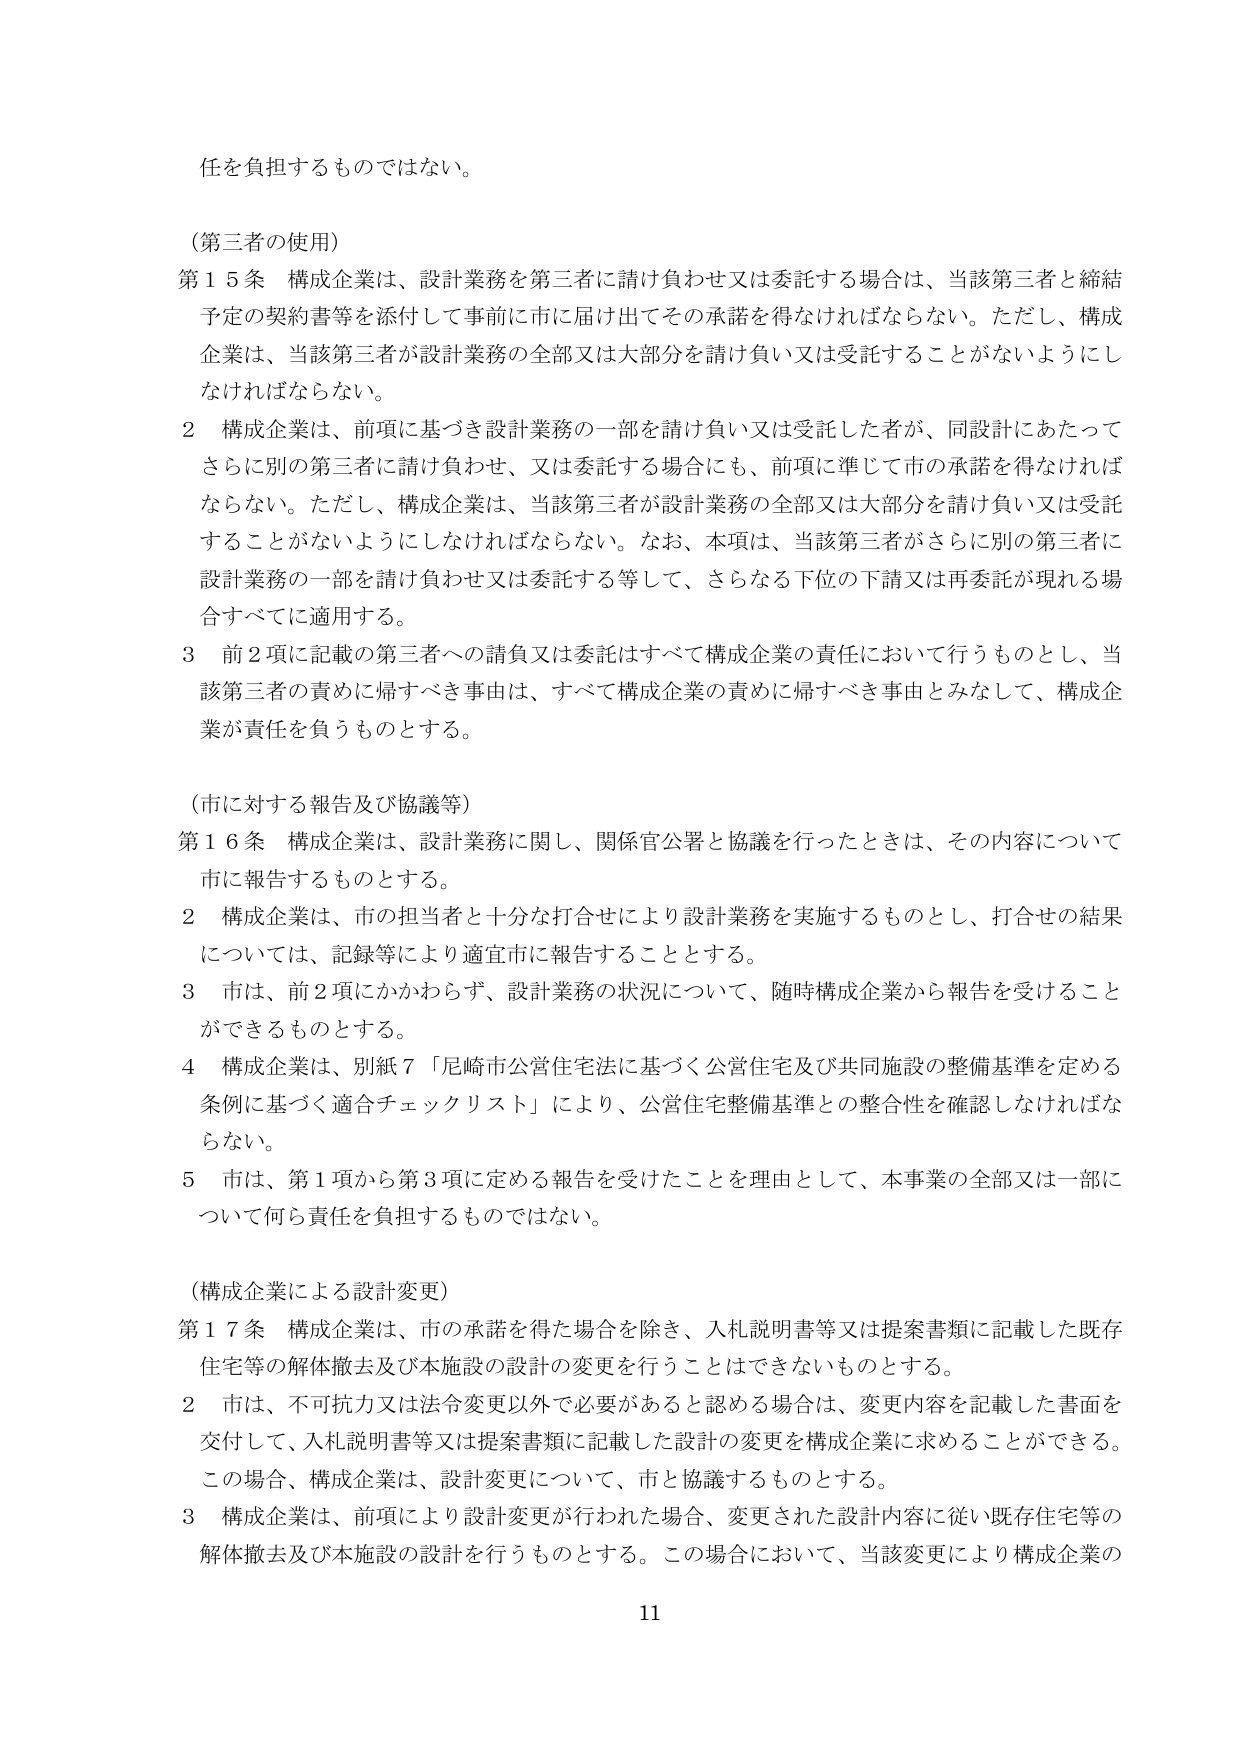
任を負担するものではない。

（第三者の使用）
第15条 構成企業は、設計業務を第三者に請け負わせ又は委託する場合は、当該第三者と締結予定の契約書等を添付して事前に市に届け出てその承諾を得なければならない。ただし、構成企業は、当該第三者が設計業務の全部又は大部分を請け負い又は受託することがないようにしなければならない。
2 構成企業は、前項に基づき設計業務の一部を請け負い又は受託した者が、同設計にあたってさらに別の第三者に請け負わせ、又は委託する場合にも、前項に準じて市の承諾を得なければならない。ただし、構成企業は、当該第三者が設計業務の全部又は大部分を請け負い又は受託することがないようにしなければならない。なお、本項は、当該第三者がさらに別の第三者に設計業務の一部を請け負わせ又は委託する等して、さらなる下位の下請又は再委託が現れる場合すべてに適用する。
3 前2項に記載の第三者への請負又は委託はすべて構成企業の責任において行うものとし、当該第三者の責めに帰すべき事由は、すべて構成企業の責めに帰すべき事由とみなして、構成企業が責任を負うものとする。

（市に対する報告及び協議等）
第16条 構成企業は、設計業務に関し、関係官公署と協議を行ったときは、その内容について市に報告するものとする。
2 構成企業は、市の担当者と十分な打合せにより設計業務を実施するものとし、打合せの結果については、記録等により適宜市に報告することとする。
3 市は、前2項にかかわらず、設計業務の状況について、随時構成企業から報告を受けることができるものとする。
4 構成企業は、別紙7「尼崎市公営住宅法に基づく公営住宅及び共同施設の整備基準を定める条例に基づく適合チェックリスト」により、公営住宅整備基準との整合性を確認しなければならない。
5 市は、第1項から第3項に定める報告を受けたことを理由として、本事業の全部又は一部について何ら責任を負担するものではない。

（構成企業による設計変更）
第17条 構成企業は、市の承諾を得た場合を除き、入札説明書等又は提案書類に記載した既存住宅等の解体撤去及び本施設の設計の変更を行うことはできないものとする。
2 市は、不可抗力又は法令変更以外で必要があると認める場合は、変更内容を記載した書面を交付して、入札説明書等又は提案書類に記載した設計の変更を構成企業に求めることができる。この場合、構成企業は、設計変更について、市と協議するものとする。
3 構成企業は、前項により設計変更が行われた場合、変更された設計内容に従い既存住宅等の解体撤去及び本施設の設計を行うものとする。この場合において、当該変更により構成企業の

11